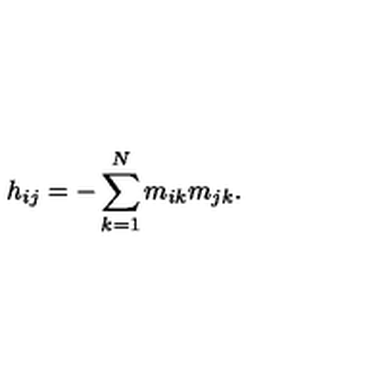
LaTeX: h _ { i j } = - \sum _ { k = 1 } ^ { N } m _ { i k } m _ { j k } .